Civil Veterinary Department. Madras. Admin. report 1926-33 - 1926-1933
Year: 1926
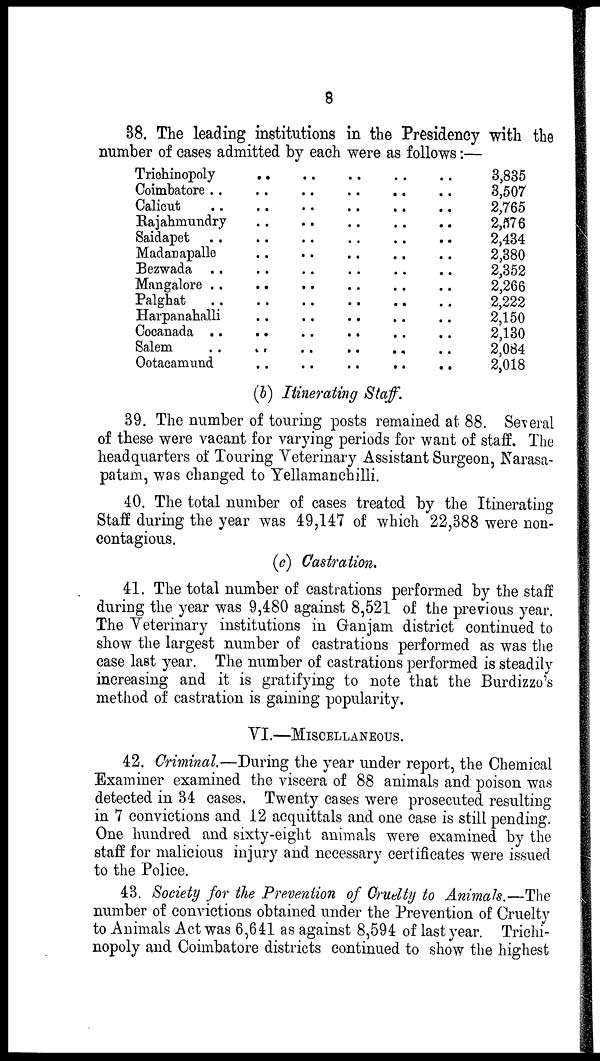
8
38. The leading institutions in the Presidency with the
number of cases admitted by each were as follows:—
Trichinopoly
Coimbatore . .
Calicut ..
Rajahmundry
Saidapet ..
Madanapalle
Bezwada ..
Mangalore ..
Palghat ..
Harpanahalli
Cocanada ..
Salem ..
Ootacamund
..
..
..
..
..
..
..
..
..
..
..
..
..
..
..
..
..
..
..
..
..
..
..
..
..
..
..
..
..
..
..
..
..
..
..
..
..
..
..
..
..
..
..
..
..
..
..
..
..
..
..
..
..
..
..
..
..
..
..
..
..
..
..
..
..
3,835
3,507
2,765
2,576
2,434
2,380
2,352
2,266
2,222
2,150
2,130
2,084
2,018
(b) Itinerating Staff.
39. The number of touring posts remained at 88. Several
of these were vacant for varying periods for want of staff. The
headquarters of Touring Veterinary Assistant Surgeon, Narasa-
patam, was changed to Yellamanchilli.
40. The total number of cases treated by the Itinerating
Staff during the year was 49,147 of which 22,388 were non-
contagious.
(c) Castration.
41. The total number of castrations performed by the staff
during the year was 9,480 against 8,521 of the previous year.
The Veterinary institutions in Ganjam district continued to
show the largest number of castrations performed as was the
case last year. The number of castrations performed is steadily
increasing and it is gratifying to note that the Burdizzo's
method of castration is gaining popularity.
VI.—MISCELLANEOUS.
42. Criminal.—During the year under report, the Chemical
Examiner examined the viscera of 88 animals and poison was
detected in 34 cases. Twenty cases were prosecuted resulting
in 7 convictions and 12 acquittals and one case is still pending.
One hundred and sixty-eight animals were examined by the
staff for malicious injury and necessary certificates were issued
to the Police.
43. Society for the Prevention of Cruelty to Animals.—The
number of convictions obtained under the Prevention of Cruelty
to Animals Act was 6,641 as against 8,594 of last year. Trichi-
nopoly and Coimbatore districts continued to show the highest